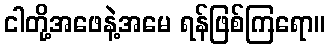
ငါတို့အဖေနဲ့အမေ ရန်ဖြစ်ကြရော။